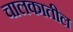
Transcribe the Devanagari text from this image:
चालकातील